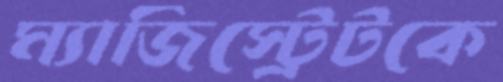
ম্যাজিস্ট্রেটকে